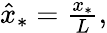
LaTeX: \begin{array}{r}{\hat{x}_{*}=\frac{x_{*}}{L},}\end{array}